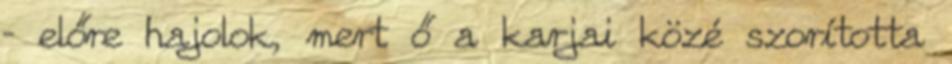
– előre hajolok, mert ő a karjai közé szorította